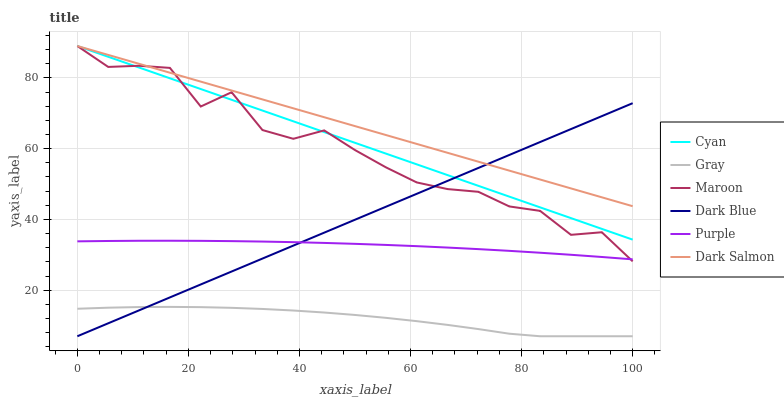
| xaxis_label | Cyan | Gray | Maroon | Dark Blue | Purple | Dark Salmon |
 | --- | --- | --- | --- | --- | --- | --- |
 | 0 | 89 | 14.8 | 89 | 7 | 33.8 | 89 |
 | 5.56 | 86 | 15.1 | 83.1 | 10.7 | 33.9 | 86.5 |
 | 11.1 | 82.9 | 15.2 | 83.4 | 14.3 | 34 | 84 |
 | 16.7 | 79.9 | 15.3 | 82.8 | 18 | 34 | 81.5 |
 | 22.2 | 76.8 | 15.2 | 71.9 | 21.6 | 34 | 78.9 |
 | 27.8 | 73.8 | 15 | 75.9 | 25.3 | 33.9 | 76.4 |
 | 33.3 | 70.8 | 14.7 | 65.3 | 28.9 | 33.8 | 73.9 |
 | 38.9 | 67.7 | 14.3 | 62.8 | 32.6 | 33.6 | 71.4 |
 | 44.4 | 64.7 | 13.7 | 65.2 | 36.3 | 33.4 | 68.9 |
 | 50 | 61.6 | 13 | 59.6 | 39.9 | 33.1 | 66.4 |
 | 55.6 | 58.6 | 12.2 | 54.7 | 43.6 | 32.8 | 63.9 |
 | 61.1 | 55.6 | 11.3 | 50.5 | 47.2 | 32.5 | 61.3 |
 | 66.7 | 52.5 | 10.2 | 48.6 | 50.9 | 32.1 | 58.8 |
 | 72.2 | 49.5 | 9.03 | 47.8 | 54.6 | 31.6 | 56.3 |
 | 77.8 | 46.5 | 7.72 | 43.7 | 58.2 | 31.1 | 53.8 |
 | 83.3 | 43.4 | 7 | 42.4 | 61.9 | 30.6 | 51.3 |
 | 88.9 | 40.4 | 7 | 35.7 | 65.5 | 30 | 48.8 |
 | 94.4 | 37.3 | 7 | 36.4 | 69.2 | 29.4 | 46.3 |
 | 100 | 34.3 | 7 | 28.2 | 72.8 | 28.7 | 43.7 |